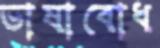
ভাষাবোধ